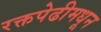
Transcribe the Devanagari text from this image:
रक्तपेढीमधून